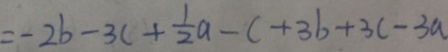
= - 2 b - 3 c + \frac { 1 } { 2 } a - c + 3 b + 3 c - 3 a